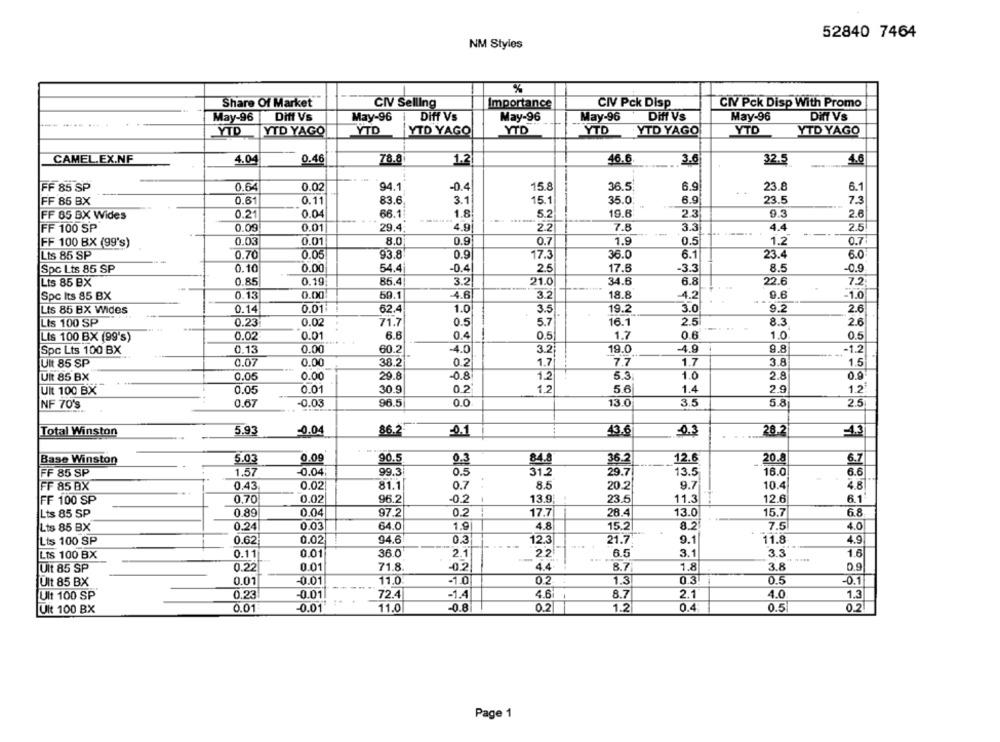
52840 7464
NM Styles
%
Share Of Market
CIV Selling
Importance
CIV Pck Disp
CIV Pck Disp With Promo
May-96
Diff Vs
May-96
Diff Vs
May-96
May-96
Diff Vs
May-96
Diff Vs
YTD
YTD YAGO
YTD
YTD YAGO
YTD
YTD
YTD YAGO
YTD
YTD YAGO
CAMEL.EX.NF
4.04
0.46
78.8
1.2
46.
3.6
32.5
4.6
-0.4
36.5
23.8
FF 85 SP
0.64
0.02
94.1
15.8
6.9
6.1
FF 86 BX
0.61
0.11
83.6
3.1
15.1
35.0
6.9
23.5
7.3
FF 65 BX Wides
0.21
0.04
66.1
1.8!
5.2
19.8
2.3
9.3
2.6
FF 100 SP
0.09
0.01
29.4
4.9
2.2
7.8
33
4.4
2.5
FF 100 BX (99's)
0.03
0.01
8.0
0.9
0.7
1.9
0.5
1.2
0.7
Lts 85 SP
0.70
0.05
93.8
0.9
17.3
36.0
6.1
23.4
6.0
0.10
0.00
54.4
-0.4
2.5
17.6
-3.3
8.5
Spc Lts 85 SP
-0.9
Lts 85 BX
0.85
0.19
85,4
3.2
21.0
34.6
6.8
22.6
7.2
Spc Its 85 BX
0.13
0.00
69.1
4.6
3.2
18.8
-4.2
9.6
-1.0
Lts 85 BX Wides
0.14
0.01
62.4
1.0
3.5
19.2
3.0
9.2
2.6
Lts 100 SP
0.23
0.02
71.7
0.5
5.7
16.1
2.5
8.3
2.6
Lis 100 BX (99's)
0.02
0.01
6.6
0.4
0.5
1.7
0.6
1.0
0.5
0.13
0.00
-4.0
3.2
19.0
-4.9
9.8
Spc Lts 100 BX
60.2
-1.2
Ult 85 SP
0.07
0.00
38.2
0.2
7.7
1.7
3.8
1.5
1.7
Uit 85 BX
0.05
0.00
29.8
-0.8
1.2
5.3
1.0
2.8
0.9
Uit 100 BX
0.05
0.01
30.9
0.2'
1.2
5.6
1.4
2.9
1.2.
NF 70's
0.67
-0.03
96.5
0.0
13.0
3.5
5.8
2.5
5.9
86.2
43.6
28.2
-13
Total Winston
-0.04
0.3
Base Winston
5.03
0.09
90.5
0,3
84.
12.6
20.8
6.7
36.2
FF 85 SP
1.57
-0.04
99.3
0.5
31.2
29.7
13.5
16.0
6.6
FF 85 BX
0.43
0.02
81.1
0.7
8.5
20.2
9.7
10.4
4.8
-0.2
12.6
6.1
FF 100 SP
0.70
0.02
96.2
13.9
23.5
11.3
0.89
0.04
97.2
0.2
17.7
28.4
13.0
15.7
68
Lts 85 SP
0.24
0.03
64.0
1.9
4.8
15.2
8.2
7.5
4.0
Lts 85 BX
Lts 100 SP
0.62
0.02
94.6
0.3
12.3
21.7
9.1
11.8
4.9
Lts 100 BX
0.11
0.01
36.0
2.1
22
6.5
3.1
3.3
1.6
Uit 85 SP
0.22
0.01
71.8
-0.2
4.4
8.7
1.8
3.8
0.9
0.3
Ult 85 BX
0.01
-0.01
11.0
-1.0
02
1.3
0.5
-0.1
-0.01
72.4
-1.4
4.6
8.7
2.1
4.0
1.3
Ult 100 SP
0.23
Ult 100 BX
0.01
-0.01
11.0
-0.8
0.2
1.2
0.4
0.5
0.2
Page 1